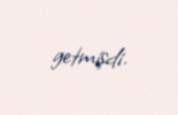
getmişdi.